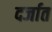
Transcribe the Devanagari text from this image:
दर्जात